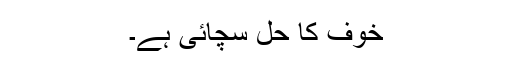
خوف کا حل سچائی ہے۔